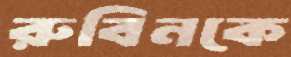
রুবিনকে